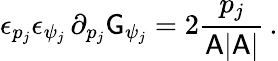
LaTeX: \epsilon_{p_{j}}\epsilon_{\psi_{j}}\, \partial_{p_{j}}\mathsf{G}_{\psi_{j}}=2\frac{p_{j}}{\mathsf{A}|\mathsf{A}|}\, .